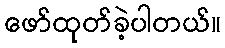
ဖော်ထုတ်ခဲ့ပါတယ်။